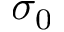
\sigma _ { 0 }